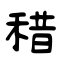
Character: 稓